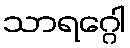
သာရဂ္ဂေါ